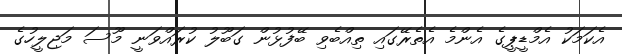
އެކަމަކު އެމްޑީޕީގެ އެންމެ އެތެރޭގައި ތިއްބެވި ބޭފުޅުން ގަބޫލު ކުރައްވަނީ މޫސަ މަޖިލީހުގެ